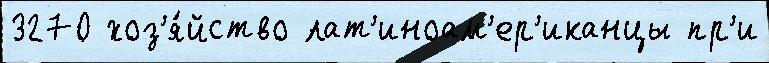
3270 хоз'я́йство лат'иноам'ер'иканцы пр'и